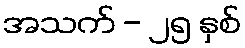
အသက် - ၂၅ နှစ်